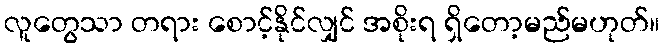
လူတွေသာ တရား စောင့်နိုင်လျှင် အစိုးရ ရှိတော့မည်မဟုတ်။